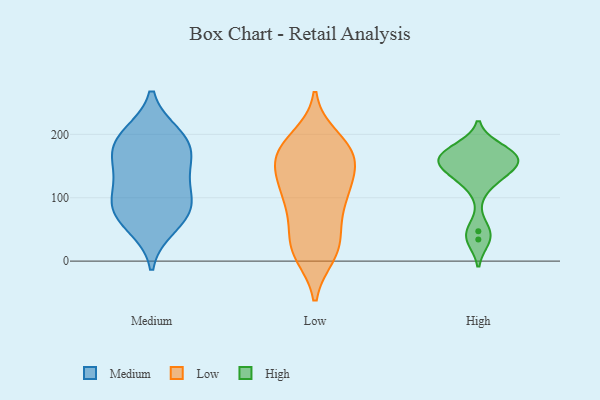
{"axis": {"x": "Headcount", "y": "Value"}, "legend": ["High", "Low", "Medium"], "data": [{"x": "", "y": 55, "type": "Medium"}, {"x": "", "y": 187, "type": "Medium"}, {"x": "", "y": 107, "type": "Medium"}, {"x": "", "y": 73, "type": "Medium"}, {"x": "", "y": 192, "type": "Medium"}, {"x": "", "y": 132, "type": "Medium"}, {"x": "", "y": 85, "type": "Medium"}, {"x": "", "y": 199, "type": "Medium"}, {"x": "", "y": 168, "type": "Medium"}, {"x": "", "y": 84, "type": "Medium"}, {"x": "", "y": 151, "type": "Medium"}, {"x": "", "y": 142, "type": "Low"}, {"x": "", "y": 178, "type": "Low"}, {"x": "", "y": 125, "type": "Low"}, {"x": "", "y": 22, "type": "Low"}, {"x": "", "y": 136, "type": "Low"}, {"x": "", "y": 25, "type": "Low"}, {"x": "", "y": 94, "type": "Low"}, {"x": "", "y": 12, "type": "Low"}, {"x": "", "y": 194, "type": "Low"}, {"x": "", "y": 172, "type": "Low"}, {"x": "", "y": 11, "type": "Low"}, {"x": "", "y": 177, "type": "Low"}, {"x": "", "y": 172, "type": "Low"}, {"x": "", "y": 110, "type": "Low"}, {"x": "", "y": 171, "type": "Low"}, {"x": "", "y": 82, "type": "Low"}, {"x": "", "y": 157, "type": "Low"}, {"x": "", "y": 32, "type": "Low"}, {"x": "", "y": 70, "type": "Low"}, {"x": "", "y": 106, "type": "Low"}, {"x": "", "y": 151, "type": "High"}, {"x": "", "y": 121, "type": "High"}, {"x": "", "y": 164, "type": "High"}, {"x": "", "y": 34, "type": "High"}, {"x": "", "y": 139, "type": "High"}, {"x": "", "y": 162, "type": "High"}, {"x": "", "y": 178, "type": "High"}, {"x": "", "y": 153, "type": "High"}, {"x": "", "y": 47, "type": "High"}, {"x": "", "y": 171, "type": "High"}]}